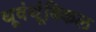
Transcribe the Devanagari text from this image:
थूवंथूंबिकल